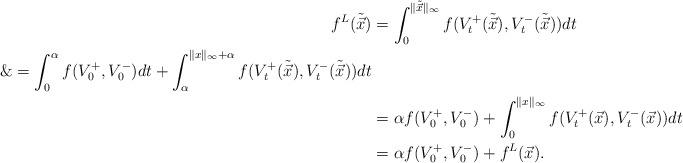
LaTeX: \begin{align*}f^L(\tilde{\vec x})&=\int_0^{\|\tilde{\vec x}\|_\infty} f(V_t^+(\tilde{\vec x}),V_t^-(\tilde{\vec x}))d t\\\&=\int_0^\alpha f(V^+_0,V^-_0)dt+\int_\alpha^{\|x\|_\infty+\alpha} f(V_t^+(\tilde{\vec x}),V_t^-(\tilde{\vec x}))d t\\&=\alpha f(V^+_0,V^-_0)+\int_0^{\|x\|_\infty} f(V_t^+({\vec x}),V_t^-({\vec x}))dt\\&=\alpha f(V^+_0,V^-_0)+f^L(\vec x).\end{align*}